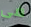
فى